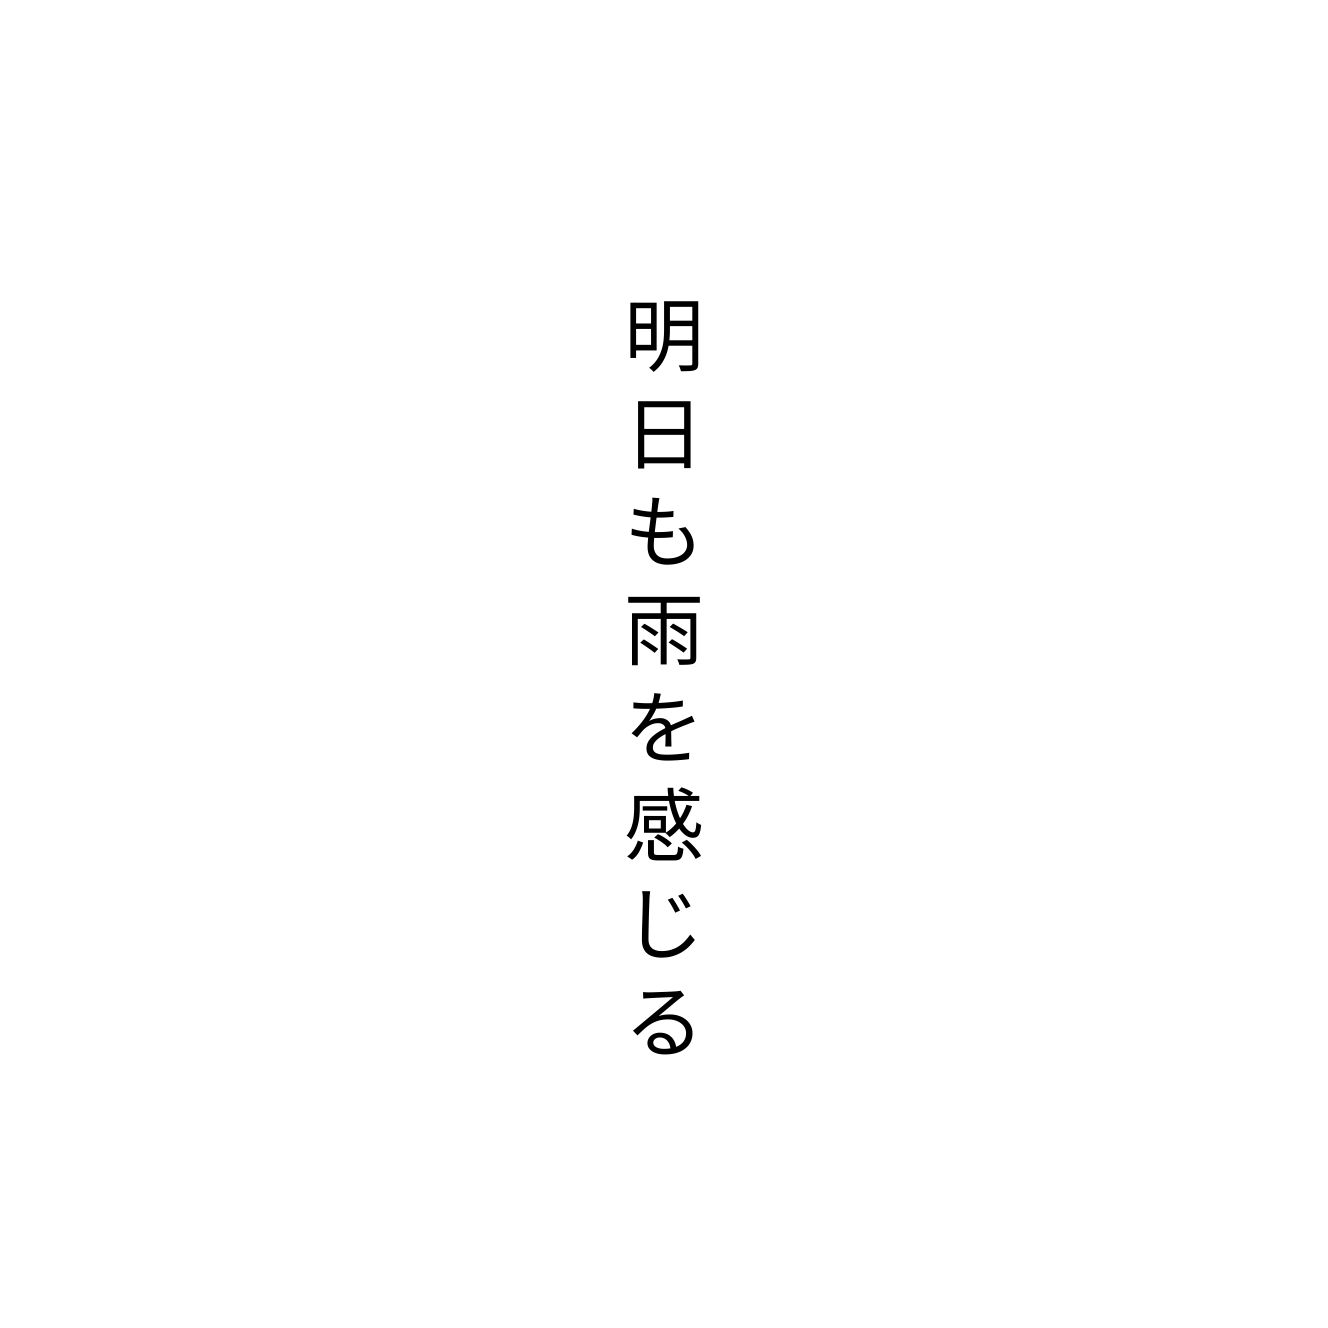
明日も雨を感じる